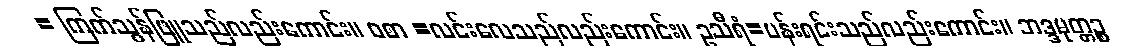
= ကြက်သွန်ဖြူသည်လည်းကောင်း။ ဝစာ =လင်းလေသည်လည်းကောင်း။ ဥသီရံ=ပန်းရင်းသည်လည်းကောင်း။ ဘဒ္ဒမုတ္တဉ္စ